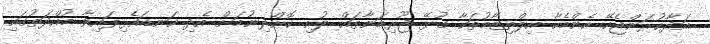
އަދާކުރަންޖެހޭ އެންމެހާ އިލްތިޒާމުތަކާ ގުޅޭ ޖޫރިމަނާތައް ލުއި ކޮށްދިނުމަށް އެދި ކަނޑައެޅިފައިވާ މުއްދަތުގައި